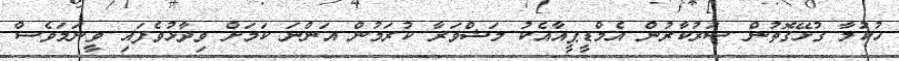
ހުކުމާ ގުޅޭގޮތުން ސަރުކާރުން އެމްޑީޕީއާއެކު މަޝްވަރާ ކުރަމުން އަންނަ ކަމަށް ވިދާޅުވެފައި ވީނަމަވެސް